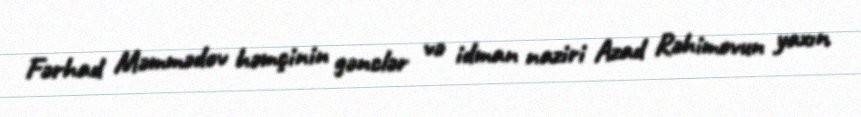
Fərhad Məmmədov həmçinin gənclər və idman naziri Azad Rəhimovun yaxın